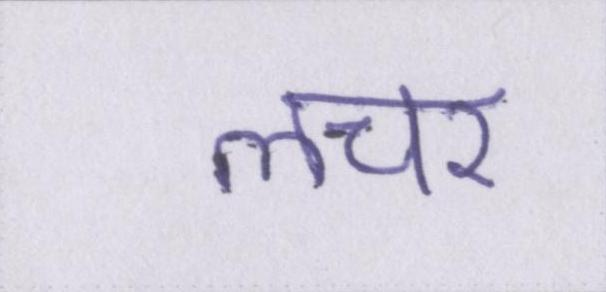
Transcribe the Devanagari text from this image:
लचर